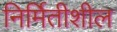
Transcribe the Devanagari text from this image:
निर्मितीशील